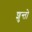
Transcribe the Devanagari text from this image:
शुन्तो